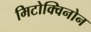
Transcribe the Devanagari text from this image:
मिटोक्विनोन